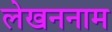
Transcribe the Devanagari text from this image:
लेखननाम